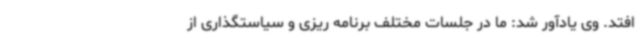
افتد. وی یادآور شد: ما در جلسات مختلف برنامه ریزی و سیاستگذاری از